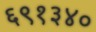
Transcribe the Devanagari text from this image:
६९१३४०